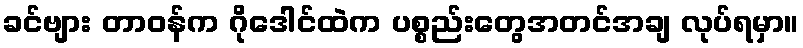
ခင်ဗျား တာဝန်က ဂိုဒေါင်ထဲက ပစ္စည်းတွေအတင်အချ လုပ်ရမှာ။